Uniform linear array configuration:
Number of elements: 16
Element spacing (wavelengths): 1
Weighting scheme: hamming
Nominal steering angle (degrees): -45
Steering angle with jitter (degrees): -45.486
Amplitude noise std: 0.05
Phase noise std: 0.05

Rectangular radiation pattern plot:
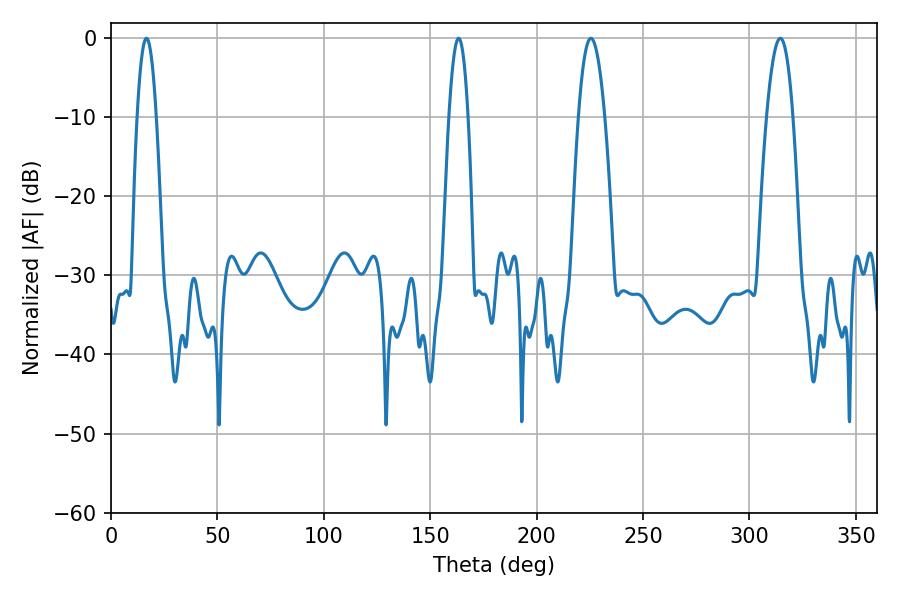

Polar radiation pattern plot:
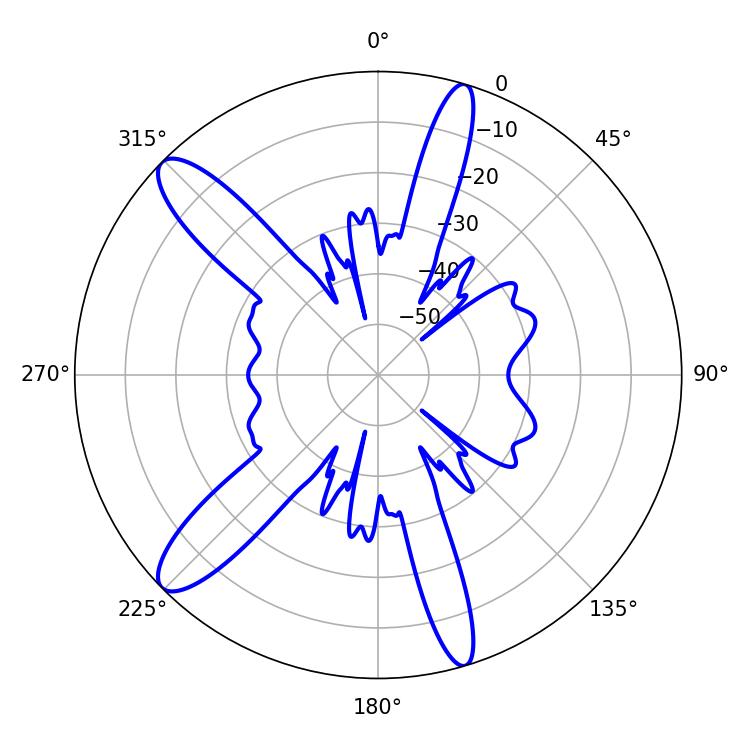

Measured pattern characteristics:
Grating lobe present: TRUE
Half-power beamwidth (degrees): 6.84
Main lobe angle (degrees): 314.46